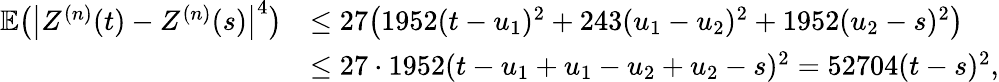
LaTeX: \begin{array}{rl}{\mathbb{E}\bigl(\bigl|Z^{(n)}(t)-Z^{(n)}(s)\bigr|^{4}\bigr)}&{\leq 27\bigl(1952(t-u_{1})^{2}+243(u_{1}-u_{2})^{2}+1952(u_{2}-s)^{2}\bigr)}\\ &{\leq 27\cdot 1952(t-u_{1}+u_{1}-u_{2}+u_{2}-s)^{2}=52704(t-s)^{2},}\end{array}